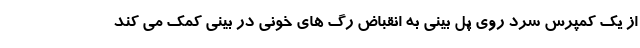
از یک کمپرس سرد روی پل بینی به انقباض رگ های خونی در بینی کمک می کند